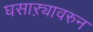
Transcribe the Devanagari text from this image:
घसाऱ्यावरुन